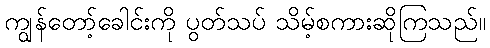
ကျွန်တော့်ခေါင်းကို ပွတ်သပ် သိမ့်စကားဆိုကြသည်။